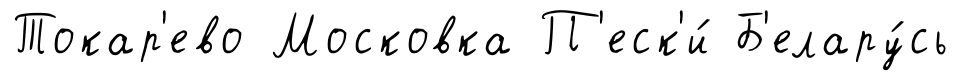
Токар'ево Московка П'еск'и́ Б'елару́сь